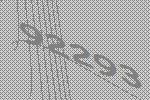
92293